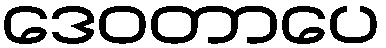
ဒေဝတာပေ